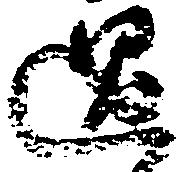
過